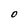
Character: O